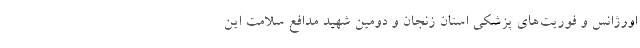
اورژانس و فوریت‌های پزشکی استان زنجان و دومین شهید مدافع سلامت این